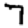
Digit: 7